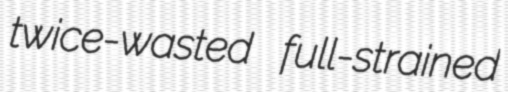
twice-wasted full-strained